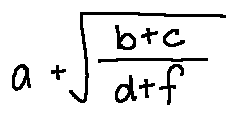
a + \sqrt { \frac { b + c } { d + f } }